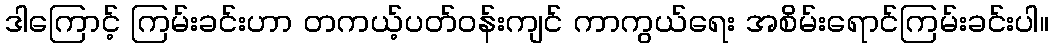
ဒါကြောင့် ကြမ်းခင်းဟာ တကယ့်ပတ်ဝန်းကျင် ကာကွယ်ရေး အစိမ်းရောင်ကြမ်းခင်းပါ။